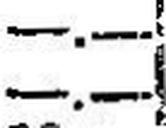
—.—